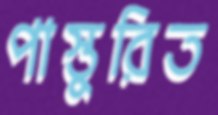
পাস্তুরিত